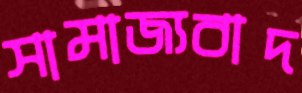
সামাজ্যবাদ